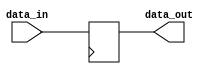
module multi_channel_synchronizer (
  input wire [7:0] data_in,
  output reg [7:0] data_out
);

reg [7:0] sync_data;

always @(posedge clk) begin
  // Timing control block
  // Implement data flow regulation here
  
  // Synchronization block
  // Implement data alignment across channels here
  sync_data <= data_in;
end

assign data_out = sync_data;

endmodule